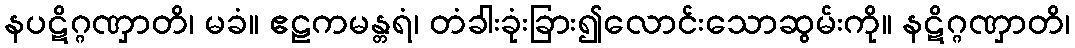
နပဋိဂ္ဂဏှာတိ၊ မခံ။ ဧဠကမန္တရံ၊ တံခါးခုံးခြား၍လောင်းသောဆွမ်းကို။ နဋိဂ္ဂဏှာတိ၊